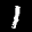
Label: 1